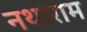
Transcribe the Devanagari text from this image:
नथाराम